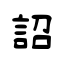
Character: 詔